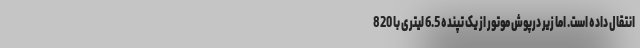
انتقال داده است. اما زیر درپوش موتور از یک تپنده 6.5 لیتری با 820